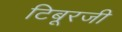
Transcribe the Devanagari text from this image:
टिबूरजी